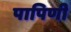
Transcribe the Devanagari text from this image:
पापिणी